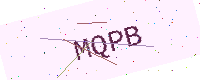
Text: MQPB